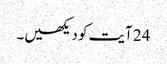
24 آیت کو دیکھیں۔